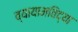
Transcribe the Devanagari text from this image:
व्यायामविद्या